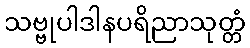
သဗ္ဗုပါဒါနပရိညာသုတ္တံ